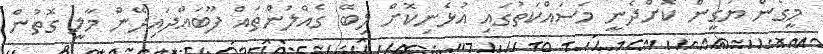
މީގެން ޔަގީން ކޮށްދެނީ މަސައްކަތުގައި އުޅެނިކޮށް ލިބޭ ގެއްލުންތައް ފޫބައްދައިދޭން މާލީ ގޮތުން